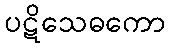
ပဋိသေဓကော